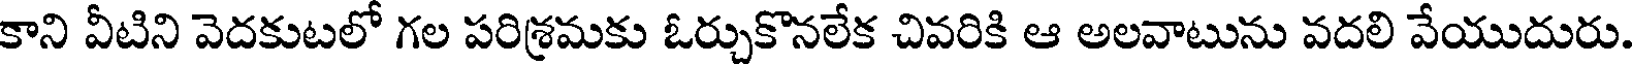
కాని వీటిని వెదకుటలో గల పరిశ్రమకు ఓర్చుకొనలేక చివరికి ఆ అలవాటును వదలి వేయుదురు.